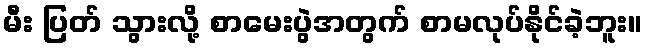
မီး ပြတ် သွားလို့ စာမေးပွဲအတွက် စာမလုပ်နိုင်ခဲ့ဘူး။